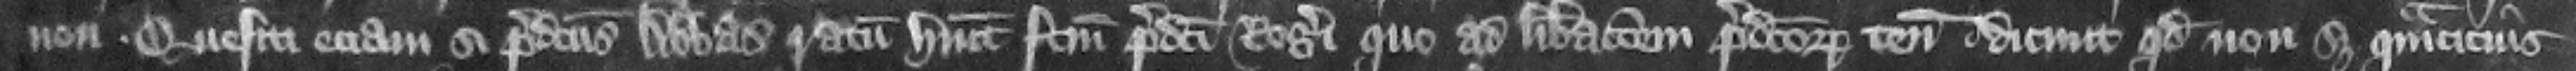
non. Quesiti eciam si predictus abbas ratum habuit factum predicti Rogeri quo ad liberacionem predictorum tenementorum dicunt quod non set quamcicius